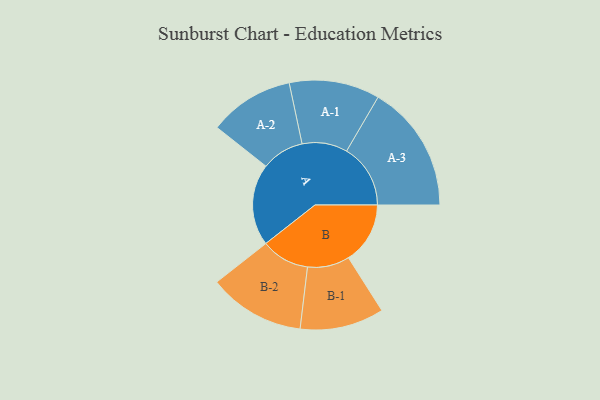
{"axis": {"x": "Segment", "y": "Value"}, "legend": ["", "A", "B"], "data": [{"x": "A", "y": 329, "type": ""}, {"x": "B", "y": 248, "type": ""}, {"x": "A-1", "y": 182, "type": "A"}, {"x": "A-2", "y": 171, "type": "A"}, {"x": "A-3", "y": 257, "type": "A"}, {"x": "B-1", "y": 169, "type": "B"}, {"x": "B-2", "y": 194, "type": "B"}]}